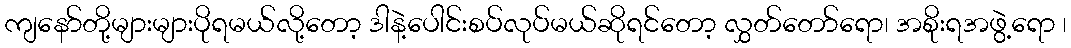
ကျနော်တို့များများပိုရမယ်လို့တော့ ဒါနဲ့ပေါင်းစပ်လုပ်မယ်ဆိုရင်တော့ လွှတ်တော်ရော၊ အစိုးရအဖွဲ့ရော ၊